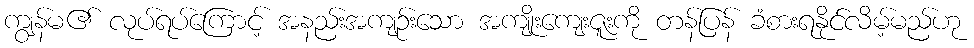
ကျွန်မ၏ လုပ်ရပ်ကြောင့် အနည်းအကျဉ်းသော အကျိုးကျေးဇူးကို တန်ပြန် ခံစားရနိုင်လိမ့်မည်ဟု